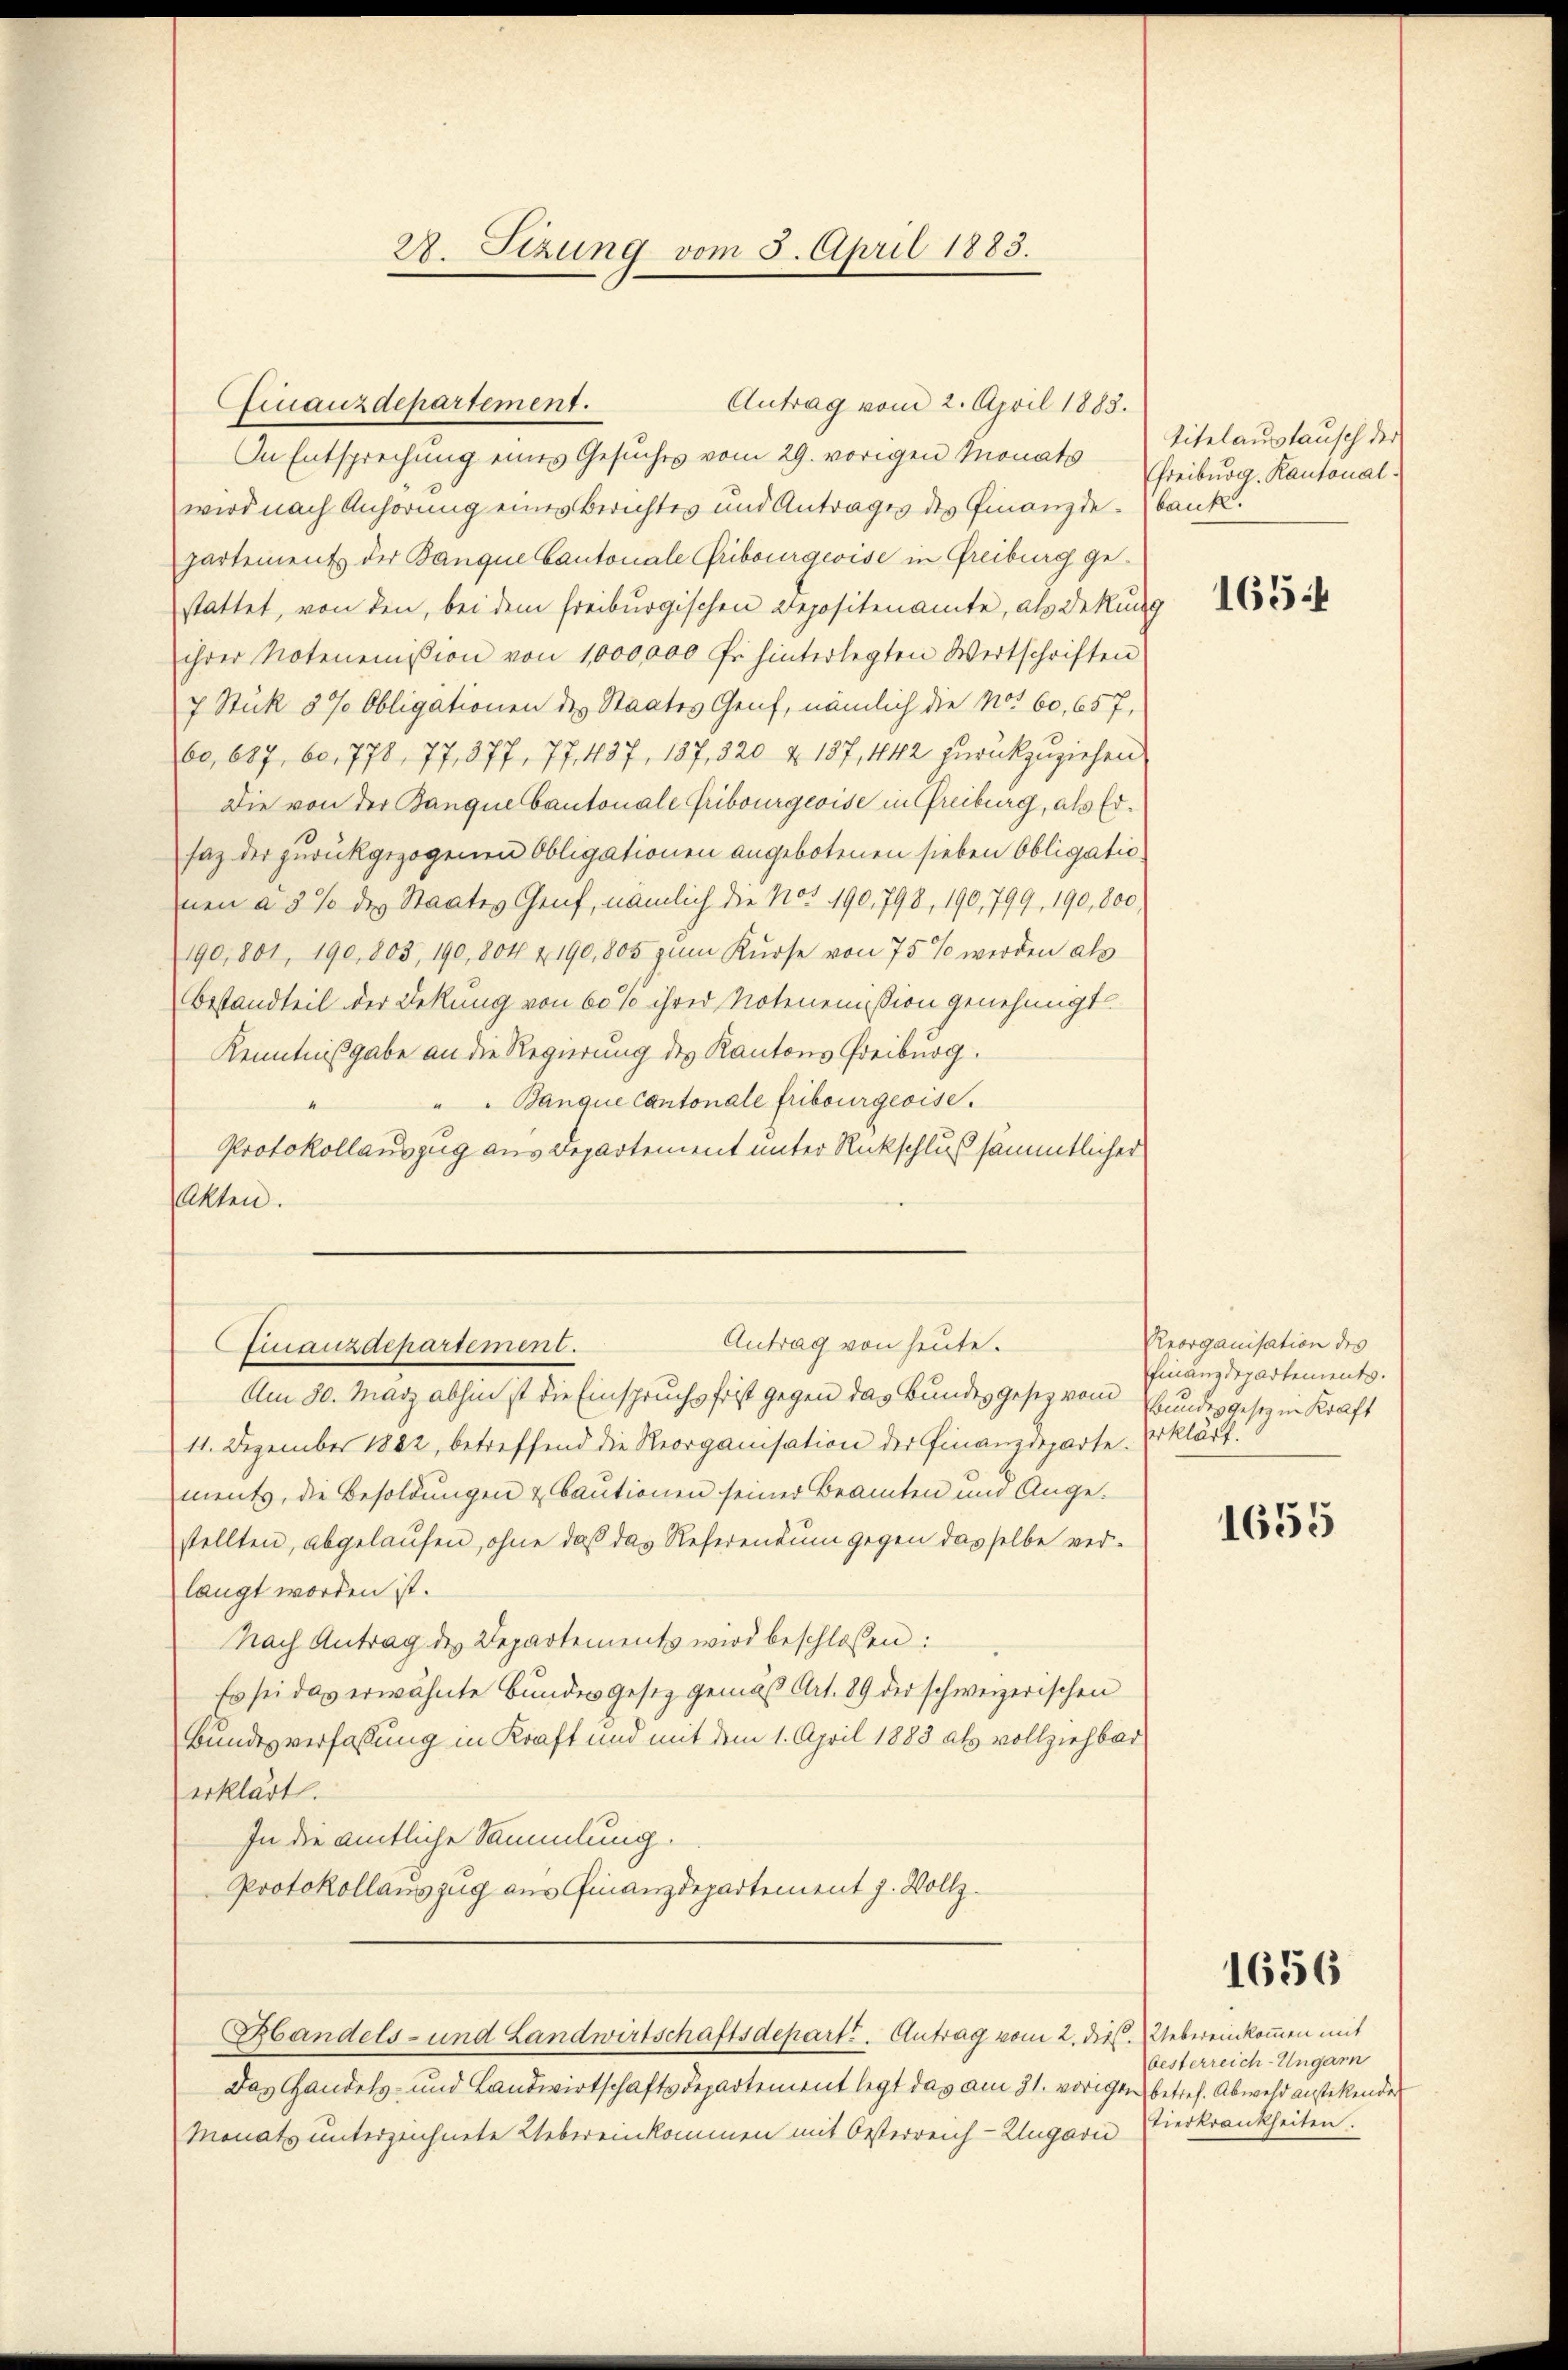
2. Sizung vom 5. April 1883.

Cfinanzdepartement.
In Entsprechŭng eines Gesŭches vom 29. vorigen Monats Titelaŭstaŭsch der
wird nach Anhörung eines Berichtes und Antrages des Finanzde-bank.
partement der Banque Cantonale Gribourgeoise in Freiburg gestattet, von den, bei dem freiburgischen Depositenamte, als Dekung
ihrer Notenemission von 1000,000 Fr. hinterlegten Wertschriften
7 Stük 3% Obligationen des Staates Genf, nämlich die No. 60, 657,
60, 687, 60, 778, 77, 377, 77. 437, 187, 320 & 187, 442 zurückzuziehen
Die von der Banque Cantonale Fribourgeoise in Greiburg, als Ersaz der zurückgezogenen Obligationen angebotenen sieben Obligationen a 5 % des Staates Genf, nämlich die Nos 190,798, 190,799, 190, 800
190,801, 190, 803, 190, 804 & 190, 805 zum Kurse von 75 % werden als
Bestandteil der Dekung von 60% ihrer Notenemission genehmigt.
Kenntnißgabe an die Regierung des Kantons Freiburg.
" " Banque Cantonale Fribourgeoise.
Protokollauszug aus Departement unter Rückschluß sämmtlicher
Akten.

11. Dezember 1882, betreffend die Reorganisation der Finanzdeparte. Erklärt.
ments, die Besoldungen & Bautionen seiner Beamten und Angestellten, abgelaufen, ohne daß das Referendum gegen dasselbe verlangt worden ist.
Nach Antrag des Departements wird beschlossen:
Es sei das erwähnte Bundesgesetz gemäß Art. 89 der schweizerischen
Bundesverfassung in Kraft und mit dem 1. April 1883 als vollziehbar
erklärt.
In die amtliche Sammlung.
Protokollauszug aus Finanzdepartement J. Vollz
Handels- und Landwirtschaftsdeparte. Antrag vom 2. die. Uebereinkommen mit
Das Gandels- und Landwirtschaftsdepartement legt das am 31. vorigen betref. Abwehr anstehender
Monats unterzeichnete Uebereinkommen mit Oesterreich-Ungari

Antrag vom 2. April 1883.

Antrag von heute.
Finanzdepartement.
Am 30. März abhin ist die Einspruchsfrist gegen das Bundesgesez vom Bundesgesetz in Kraft

Freiburg, Kantonal¬

1654

Reorganisation des
Finanzdepartements.

1655

1656

besterreich-Ungarn
Tierkrankheiten.